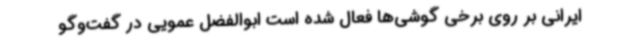
ایرانی بر روی برخی گوشی‌ها فعال شده است ابوالفضل عمویی در گفت‌وگو